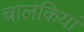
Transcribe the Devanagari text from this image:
चालकियां